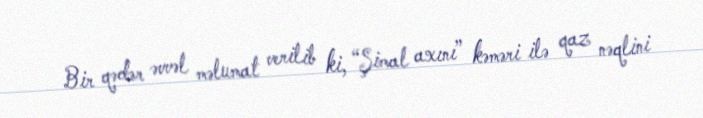
Bir qədər əvvəl məlumat verilib ki, “Şimal axını” kəməri ilə qaz nəqlini